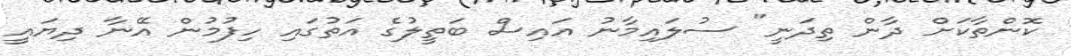
ކޮންތާކަށް ދާން ތިދަނީ" ސުލައިމާނު އައިސް ބަތީލުގެ އަތުގައި ހިފުމުން އޭނާ ދިޔައީ